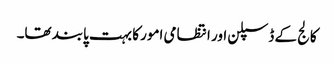
کالج کے ڈسپلن اور انتظامی امور کا بہت پابند تھا۔